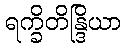
ရက္ခိတိန္ဒြိယာ